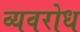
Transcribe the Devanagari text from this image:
व्यवरोध